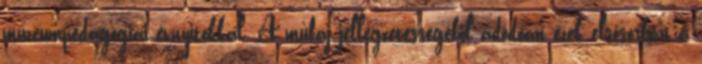
múzeumpedagógiai évnyitókkal. A műfaj jellegzetességéből adódóan ezek elsősorban a